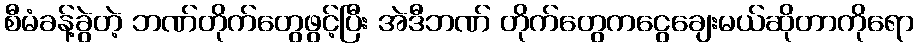
စီမံခန့်ခွဲတဲ့ ဘဏ်တိုက်တွေဖွင့်ပြီး အဲဒီဘဏ် တိုက်တွေကငွေချေးမယ်ဆိုတာကိုရော